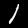
Digit: 1